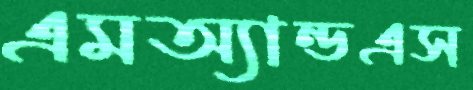
এমঅ্যান্ডএস